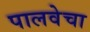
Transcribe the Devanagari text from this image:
पालवेचा